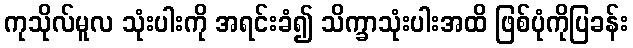
ကုသိုလ်မူလ သုံးပါးကို အရင်းခံ၍ သိက္ခာသုံးပါးအထိ ဖြစ်ပုံကိုပြခန်း